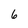
Character: 6